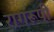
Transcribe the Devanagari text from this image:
रागरूपी